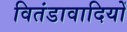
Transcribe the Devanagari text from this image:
वितंडावादियों